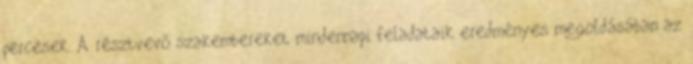
percesek. A résztvevő szakembereket mindennapi feladataik eredményes megoldásában az